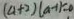
( a + 2 ) ( a - 1 ) = 0